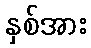
နှစ်အား